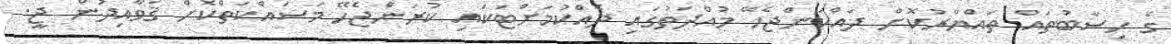
ގެ ހިސާބުތައް ތައްޔާރުކޮށް ދައްކަންޖެހޭ މުއްދަތުގައި ދެއްކުމަށްޓަކައި ކުރަންޖެހޭ މަސައްކަތްކޮށް ޤަވާއިދުން ޖީ.